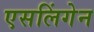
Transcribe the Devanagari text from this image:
एसलिंगेन